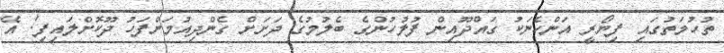
ތުހުމަތުގައި ފިޔޯރީ އަންހެނަކު ގައްދޫއިން ފުލުހުންގެ ބެލުމުގެ ދަށަށް ގެންދިއުމަށްފަހު ދޫކޮށްލައިފި! އޭ